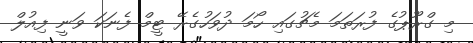
މި ގްރޫޕުގެ ފުރަތަމަ މެޗުގައި ހޯމަ ދުވަހުގެރޭ ޓީމް ފެނަކަ ވަނީ ފިއުލް